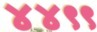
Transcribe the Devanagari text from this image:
४४९९